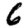
Digit: 6